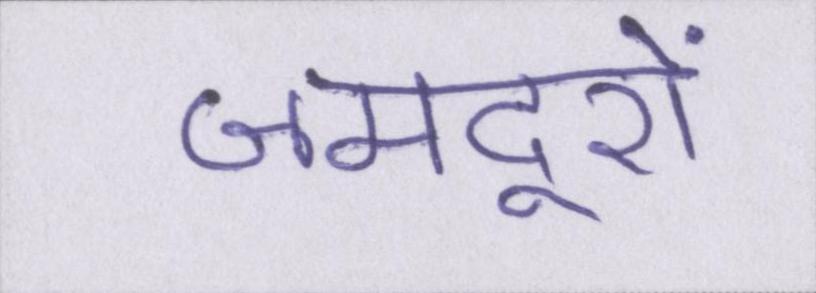
जमदूरों